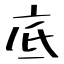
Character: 底